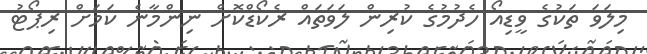
މިލަވަ ތަކުގެ ވީޑިއޯ ހެދުމުގެ ކުރިން ލަވަތައް ރެކޯޑްކޮށް ނިންމާނެ ކަމަށް ރިޕޯޓު